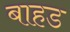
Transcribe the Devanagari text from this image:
बाहड